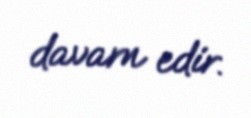
davam edir.